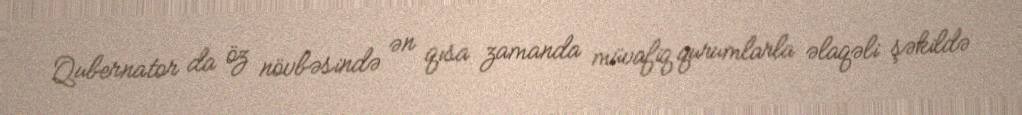
Qubernator da öz növbəsində ən qısa zamanda müvafiq qurumlarla əlaqəli şəkildə